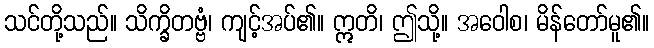
သင်တို့သည်။ သိက္ခိတဗ္ဗံ၊ ကျင့်အပ်၏။ ဣတိ၊ ဤသို့။ အဝေါစ၊ မိန်တော်မူ၏။